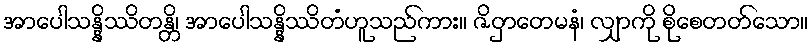
အာပေါသန္နိဿိတန္တိ၊ အာပေါသန္နိဿိတံဟူသည်ကား။ ဇိဝှာတေမနံ၊ လျှာကို စိုစေတတ်သော။